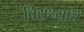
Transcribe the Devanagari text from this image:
विद्यर्थ्यांचे